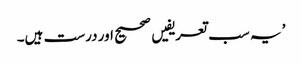
’ یہ سب تعریفیں صحیح اور درست ہیں۔